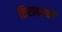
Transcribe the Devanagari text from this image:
तिरावरची